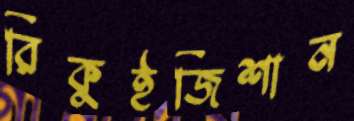
রিকুইজিশান